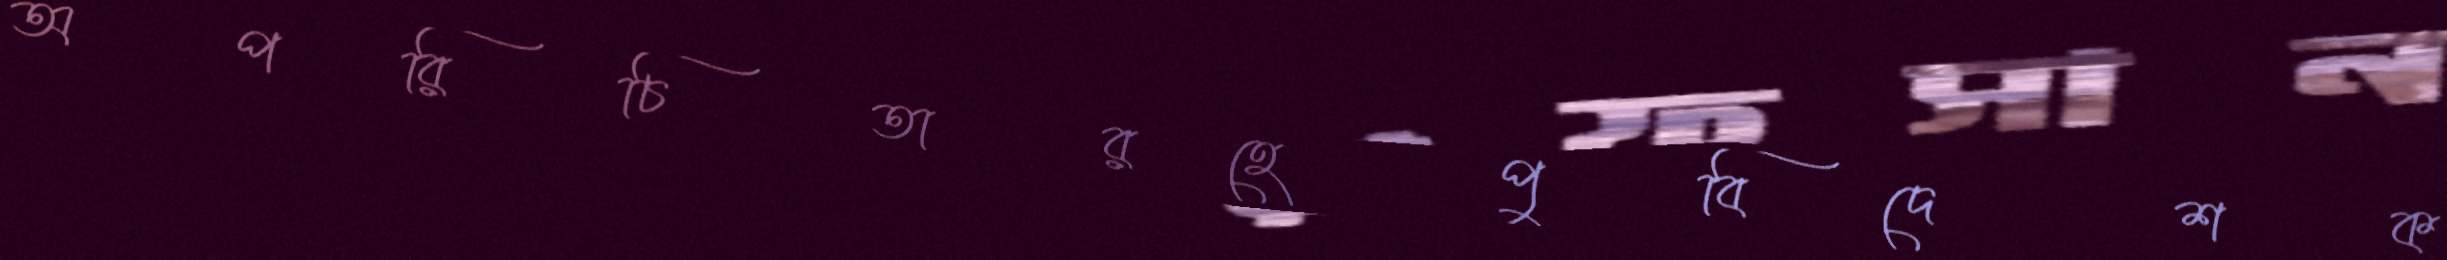
অপরিচিতারহেপুবিদেশক